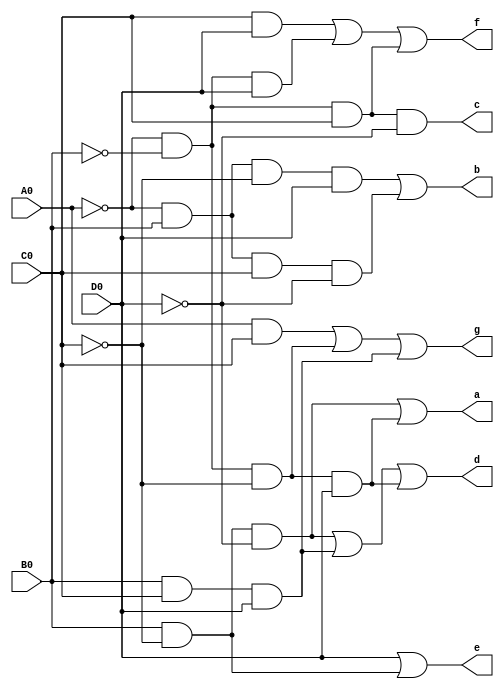
// Right 7 segment driver

module RightSegDriver (A0, B0, C0, D0, a, b, c, d, e, f, g);
input A0, B0, C0, D0;
output a, b, c, d, e, f, g;

assign a = (B0&~C0&~D0) | (~A0&~B0&~C0&D0);
assign b = (~A0&B0&~C0&D0) | (~A0&B0&C0&~D0);
assign c = ~A0&~B0&C0&~D0;
assign d = (B0&~C0&~D0) | (B0&C0&D0) | (~A0&~B0&~C0&D0);
assign e = D0 | (B0&~C0);
assign f = (C0&D0) | (~A0&~B0&D0) | (~A0&~B0&C0);
assign g = (A0&C0) | (~A0&~B0&~C0) | (B0&C0&D0);

endmodule